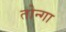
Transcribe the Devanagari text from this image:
तोन्गा